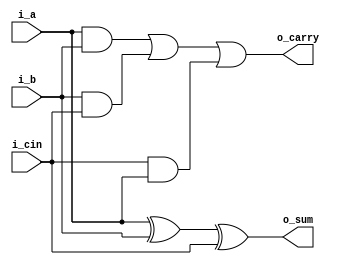
module full_adder_1bit(
                      i_a     ,  //input 
                      i_b     ,  //input 
                      i_cin   ,  //input 
                      o_sum   ,  //output 
                      o_carry    //output 
                      )       ;

//Port declaration

input i_a ,i_b ,i_cin ;    
output o_sum ,o_carry ;

//sum and carry expression for full adder  
assign o_sum   = i_a ^ i_b ^ i_cin                             ;//xor operation

assign o_carry = (i_a & i_b) | (i_b & i_cin) | (i_cin & i_a)   ;
  
endmodule